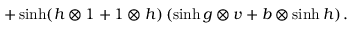
+ \sinh ( h \otimes 1 + 1 \otimes h ) \, ( \sinh g \otimes v + b \otimes \sinh h ) \, .